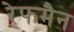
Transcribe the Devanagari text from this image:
रेफमैन